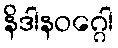
နိဒါနဝဂ္ဂေါ